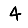
Digit: 4